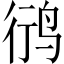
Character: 鸻